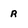
Character: r